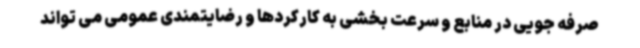
صرفه جویی در منابع و سرعت بخشی به کارکردها و رضایتمندی عمومی می تواند